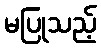
မပြုသည့်